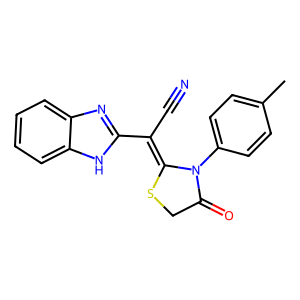
SMILES: Cc1ccc(N2C(=O)CSC2=C(C#N)c2nc3ccccc3[nH]2)cc1
Inhibits HIV replication: No